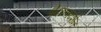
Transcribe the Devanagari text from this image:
वेदान्तदर्शन